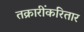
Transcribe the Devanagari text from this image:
तक्रारींकरितार